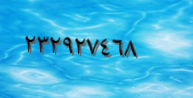
٢٣٢٩٢٧٤٦٨